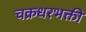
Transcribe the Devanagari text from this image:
चक्रधरभक्ती